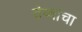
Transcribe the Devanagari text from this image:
ठेव्यांचा